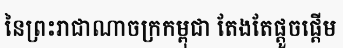
នៃព្រះរាជាណាចក្រកម្ពុជា តែងតែផ្តួចផ្តើម